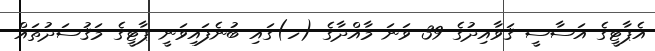
އެޕާޓީގެ އަސާސީ ޤަވާއިދުގެ 39 ވަނަ މާއްދާގެ (ހ)ގައި ބުނެފައިވަނީ ޕާޓީގެ މަޤުސަދުތައް